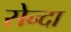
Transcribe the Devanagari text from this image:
सेन्दा